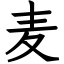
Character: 麦